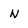
Character: n